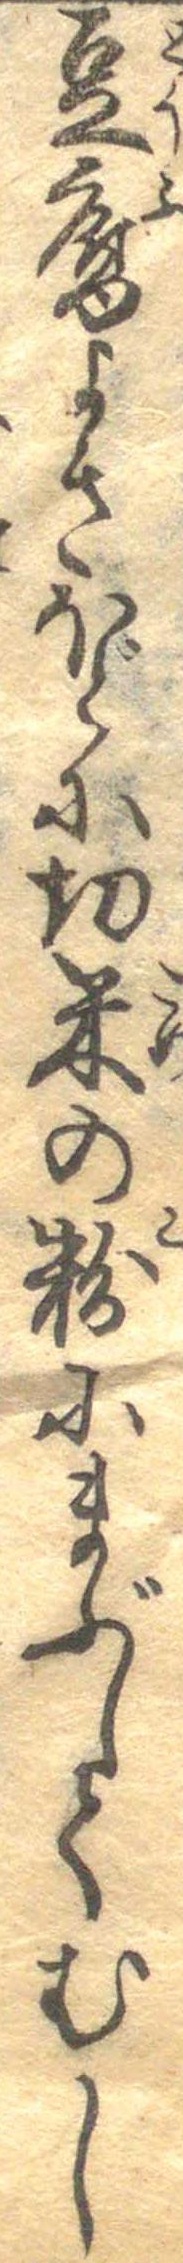
豆腐よきほどに切米の粉にまぶしてむし